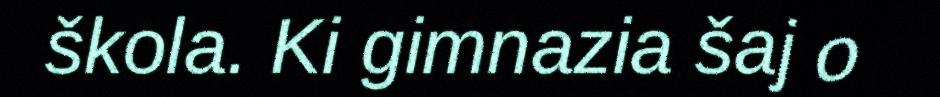
škola. Ki gimnazia šaj o